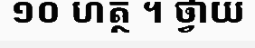
១០ ហត្ថ ។ ថ្វាយ